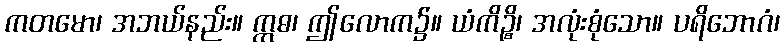
ကတမော၊ အဘယ်နည်း။ ဣဓ၊ ဤလောက၌။ ယံကိဉ္စိ၊ အလုံးစုံသော။ ပရိဘောဂံ၊